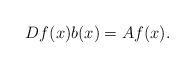
LaTeX: \begin{align*} Df(x) b(x)=A f(x). \end{align*}